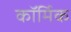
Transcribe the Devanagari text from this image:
कॉर्मिक